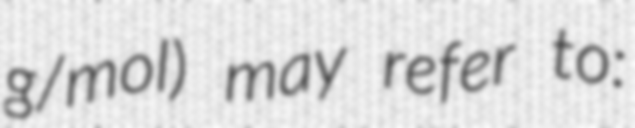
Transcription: g/mol) may refer to: